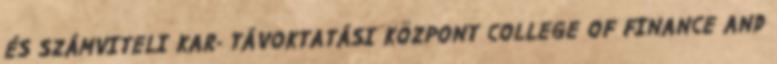
ÉS SZÁMVITELI KAR- TÁVOKTATÁSI KÖZPONT COLLEGE OF FINANCE AND